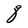
Character: q